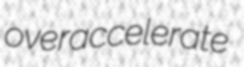
overaccelerate